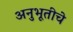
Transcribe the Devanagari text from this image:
अनुभूतीचे